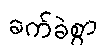
ခက်ခဲစွာ